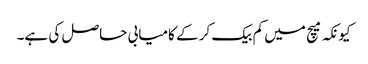
کیونکہ میچ میں کم بیک کر کے کامیابی حاصل کی ہے۔